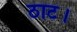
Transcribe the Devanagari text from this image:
ठाट।